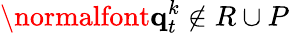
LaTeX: \normalfont{\textbf{q}}_{t}^{k}\not\in R\cup P